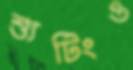
শ্যুটিংও